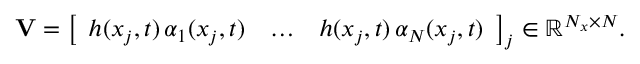
\mathbf { V } = \left[ \begin{array} { l l l } { h ( x _ { j } , t ) \, \alpha _ { 1 } ( x _ { j } , t ) } & { \hdots } & { h ( x _ { j } , t ) \, \alpha _ { N } ( x _ { j } , t ) } \end{array} \right] _ { j } \in \mathbb { R } ^ { N _ { x } \times N } .